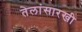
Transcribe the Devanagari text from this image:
तेलांसारखी